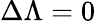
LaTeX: \Delta\Lambda=0